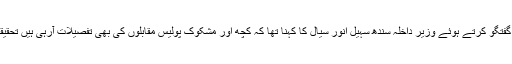
نجی چینل ”جیو نیوز“کے پروگرام ”آج شاہ زیب خانزادہ کے ساتھ“میں خصوصی گفتگو کرتے ہوئے وزیر داخلہ سندھ سہیل انور سیال کا کہنا تھا کہ کچھ اور مشکوک پولیس مقابلوں کی بھی تفصیلات آرہی ہیں تحقیقات کرائیں گے جو بھی جعلی مقابلوں میں مارا گیا ہے اس کو انصاف ملنا چاہیے۔